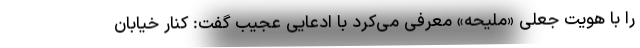
را با هویت جعلی «ملیحه» معرفی می‌کرد با ادعایی عجیب گفت: کنار خیابان